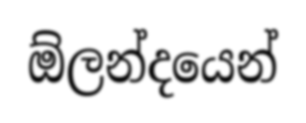
ඕලන්දයෙන්